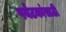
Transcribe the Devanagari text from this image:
पर्यंटकांसाठी